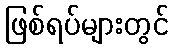
ဖြစ်ရပ်များတွင်